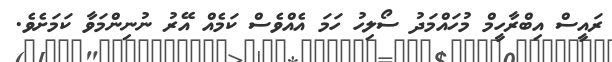
ރައީސް އިބްރާހީމް މުހައްމަދު ސޯލިހު ހަމަ އެއްވެސް ކަމެއް އޭރު ނުނިންމަވާ ކަމަށެވެ.